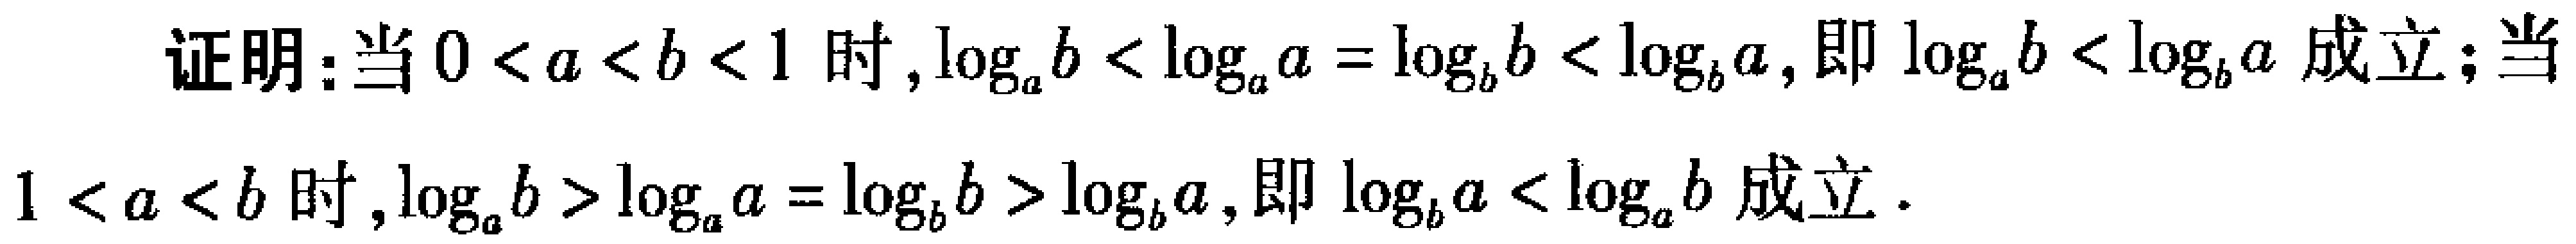
证明：当\(0 < a < b < 1\)时，\(\log_{a}b < \log_{a}a = \log_{b}b < \log_{b}a\)，即\(\log_{a}b < \log_{b}a\)成立；当\(1 < a < b\)时，\(\log_{a}b > \log_{a}a = \log_{b}b > \log_{b}a\)，即\(\log_{b}a < \log_{a}b\)成立。